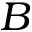
B